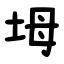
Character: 坶